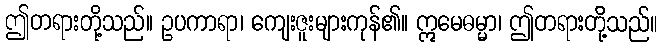
ဤတရားတို့သည်။ ဥပကာရာ၊ ကျေးဇူးများကုန်၏။ ဣမေဓမ္မာ၊ ဤတရားတို့သည်။